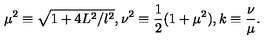
\mu ^ { 2 } \equiv \sqrt { 1 + 4 L ^ { 2 } / l ^ { 2 } } , \nu ^ { 2 } \equiv \frac { 1 } { 2 } ( 1 + \mu ^ { 2 } ) , k \equiv \frac { \nu } { \mu } .